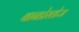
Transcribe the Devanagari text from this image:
बानप्रेस्तोज